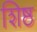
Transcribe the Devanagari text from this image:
शिष्ठ